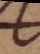
c